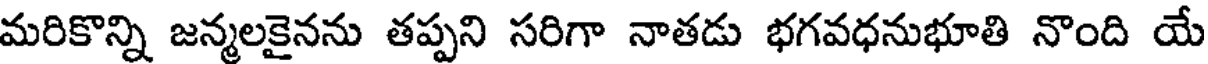
మరికొన్ని జన్మలకైనను తప్పని సరిగా నాతడు భగవధనుభూతి నొంది యే